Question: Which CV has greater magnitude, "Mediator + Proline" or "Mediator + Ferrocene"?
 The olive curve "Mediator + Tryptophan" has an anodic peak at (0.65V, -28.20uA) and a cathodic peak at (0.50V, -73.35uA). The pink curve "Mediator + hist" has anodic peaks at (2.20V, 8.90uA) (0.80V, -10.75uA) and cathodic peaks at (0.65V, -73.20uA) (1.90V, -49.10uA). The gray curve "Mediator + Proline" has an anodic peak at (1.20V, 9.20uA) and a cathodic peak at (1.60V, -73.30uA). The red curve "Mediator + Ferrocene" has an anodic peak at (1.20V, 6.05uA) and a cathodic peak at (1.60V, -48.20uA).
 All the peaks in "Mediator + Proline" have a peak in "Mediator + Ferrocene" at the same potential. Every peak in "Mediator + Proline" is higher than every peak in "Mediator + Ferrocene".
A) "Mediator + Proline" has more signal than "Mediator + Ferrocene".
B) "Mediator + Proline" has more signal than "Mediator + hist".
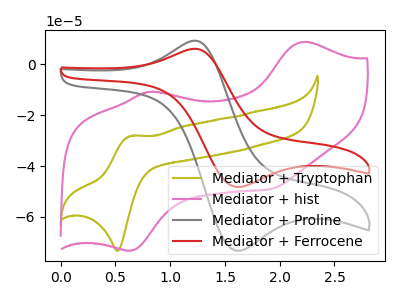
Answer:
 <answer>A) "Mediator + Proline" has more signal than "Mediator + Ferrocene".</answer>
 <eval>A</eval>